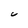
Character: C